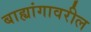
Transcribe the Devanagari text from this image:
बाह्यांगावरील